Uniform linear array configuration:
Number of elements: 24
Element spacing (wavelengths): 1
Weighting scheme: blackman
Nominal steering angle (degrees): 0
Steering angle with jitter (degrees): -0.9918
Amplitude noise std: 0.05
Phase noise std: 0.05

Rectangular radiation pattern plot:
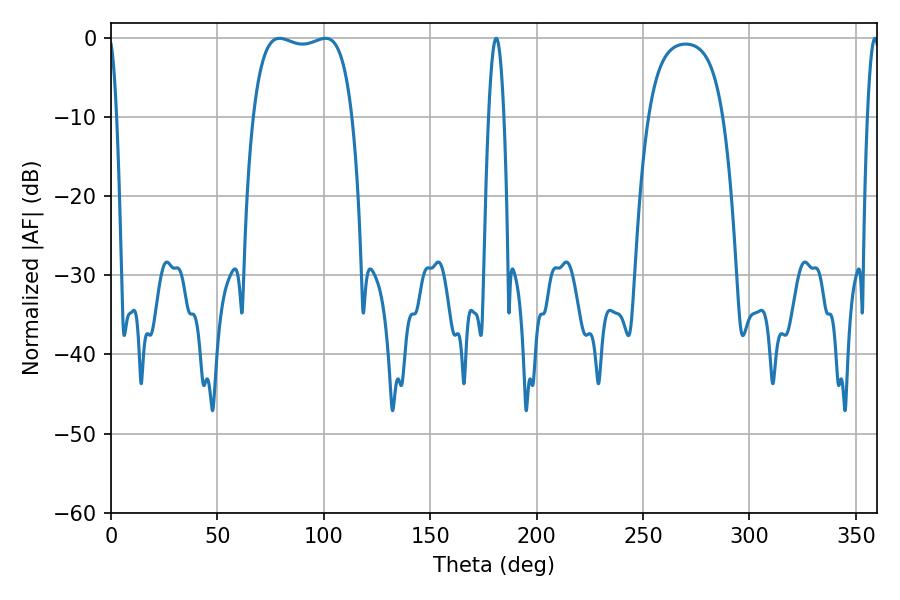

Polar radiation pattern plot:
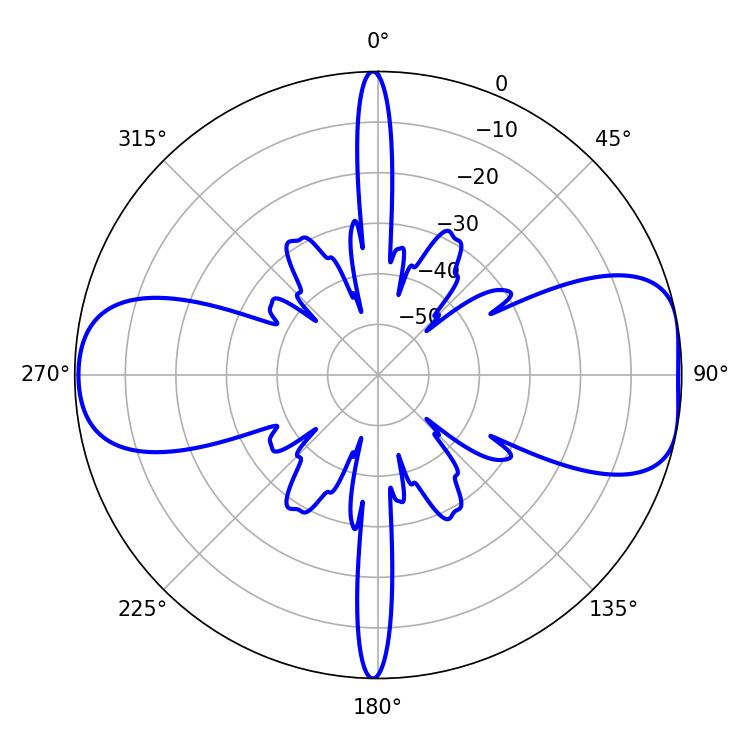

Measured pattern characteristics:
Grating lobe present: TRUE
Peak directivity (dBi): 8.816
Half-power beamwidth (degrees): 37.44
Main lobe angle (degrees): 79.2